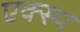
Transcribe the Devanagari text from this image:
एक्स्प